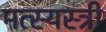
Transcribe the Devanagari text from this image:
मत्स्यस्त्री